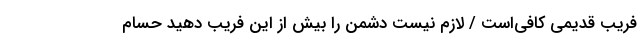
فریب قدیمی کافی‌است / لازم نیست دشمن را بیش از این فریب دهید حسام